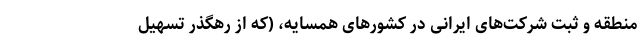
منطقه و ثبت شرکت‌های ایرانی در کشورهای همسایه، (که از رهگذر تسهیل